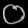
Digit: ၀